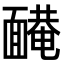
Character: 𩈿